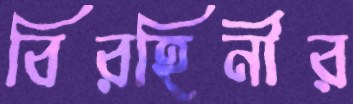
বিরহিনীর